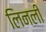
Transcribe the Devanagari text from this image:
लिनली